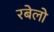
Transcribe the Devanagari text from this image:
रबेलो